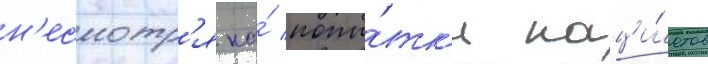
н'есмотр'я на́ попы́тк'и наци́стов